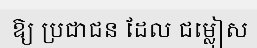
ឱ្យ ប្រជាជន ដែល ជម្លៀស